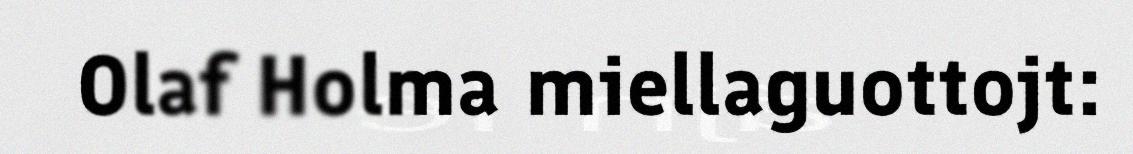
Olaf Holma miellaguottojt: